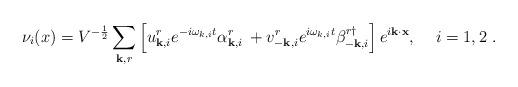
LaTeX: \begin{align*}\nu_{i}(x) = V^{-\frac{1}{2}} \sum_{{\bf k},r}\left[u^{r}_{{\bf k},i}e^{-i\omega_{k,i} t} \alpha^{r}_{{\bf k},i}\:+ v^{r}_{-{\bf k},i}e^{i\omega_{k,i} t}\beta^{r\dag }_{-{\bf k},i} \right] e^{i {\bf k}\cdot{\bf x}} , \; \; \; ~ i=1,2 \;.\end{align*}